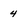
Character: 4